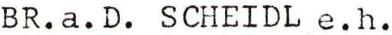
BR.a.D. SCHEIDL e.h.